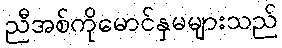
ညီအစ်ကိုမောင်နှမများသည်